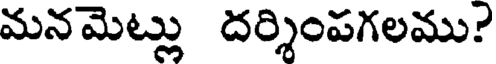
మనమెట్లు దర్శింపగలము?